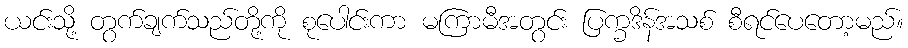
ယင်းသို့ တွက်ချက်သည်တို့ကို စုပေါင်းကာ မကြာမီအတွင်း ပြက္ခဒိန်အသစ် စီရင်ပေတော့မည်။